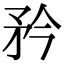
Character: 矜